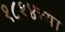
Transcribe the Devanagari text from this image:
१८१४च्या